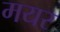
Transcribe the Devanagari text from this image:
मयर